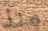
منذ